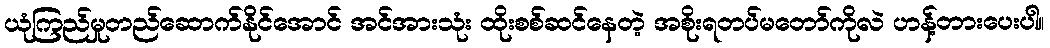
ယုံကြည်မှုတည်ဆောက်နိုင်အောင် အင်အားသုံး ထိုးစစ်ဆင်နေတဲ့ အစိုးရတပ်မတော်ကိုလဲ ဟန့်တားပေးပါ။